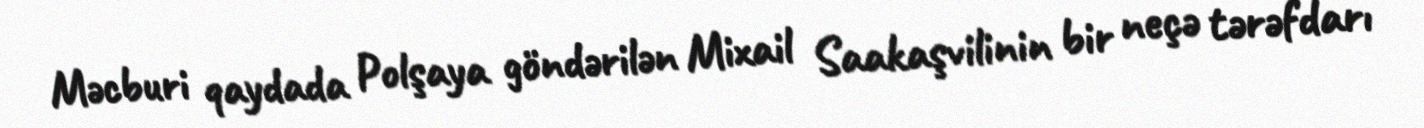
Məcburi qaydada Polşaya göndərilən Mixail Saakaşvilinin bir neçə tərəfdarı